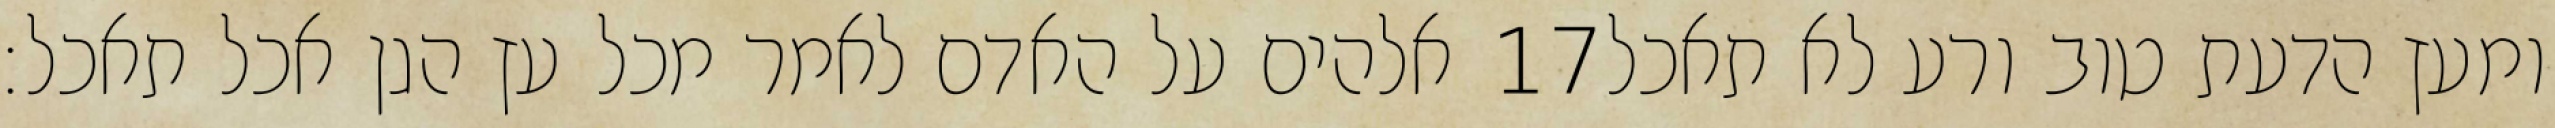
אלהים על האדם לאמר מכל עץ הגן אכל תאכל׃ ‎17‏ ומעץ הדעת טוב ורע לא תאכל